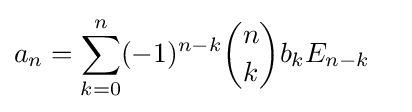
{\begin{aligned}a_{n}&=\sum _{k=0}^{n}(-1)^{n-k}{\binom {n}{k}}b_{k}E_{n-k}\end{aligned}}